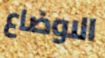
الاوضاع